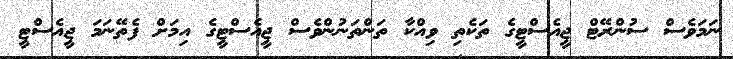
ނަމަވެސް ސުންރޭޓް ޖީއެސްޓީގެ ތަކެތި ވިއްކާ ތަންތަނުންވެސް ޖީއެސްޓީގެ އިމަށް ފެތޭނަމަ ޖީއެސްޓީ